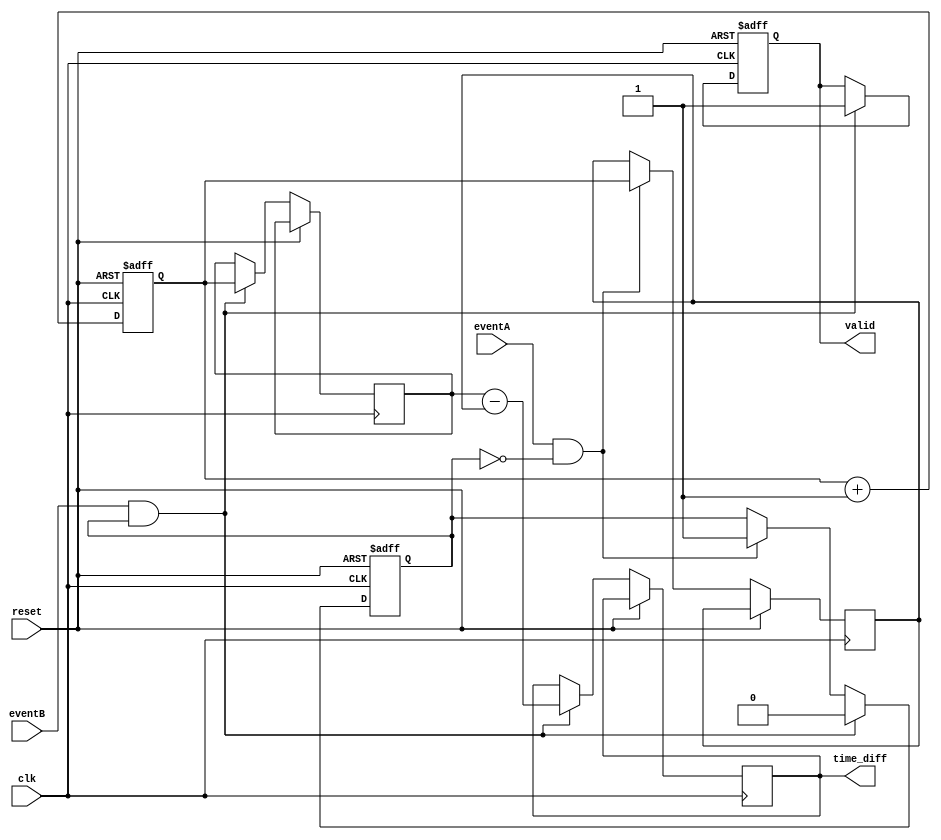
module TDC (
    input wire clk,               // High-frequency clock
    input wire reset,             // Asynchronous reset
    input wire eventA,            // Input event A
    input wire eventB,            // Input event B
    output reg [15:0] time_diff,  // Output time difference
    output reg valid              // Output valid signal
);

    // Parameters
    parameter MEMORY_SIZE = 16;   // Number of memory entries
    parameter COUNTER_WIDTH = 16;  // Width of the time counter

    // Internal signals
    reg [COUNTER_WIDTH-1:0] counter; // Time counter
    reg [COUNTER_WIDTH-1:0] captureA; // Capture for event A
    reg [COUNTER_WIDTH-1:0] captureB; // Capture for event B
    reg [COUNTER_WIDTH-1:0] memory [0:MEMORY_SIZE-1]; // Memory block
    reg [3:0] mem_addr; // Memory address pointer
    reg capturing; // State to indicate capturing mode

    // State machine for capturing events
    always @(posedge clk or posedge reset) begin
        if (reset) begin
            counter <= 0;
            mem_addr <= 0;
            valid <= 0;
            capturing <= 0;
        end else begin
            // Increment the counter on each clock cycle
            counter <= counter + 1;

            // Detect event A
            if (eventA && !capturing) begin
                captureA <= counter; // Capture time for event A
                capturing <= 1; // Set capturing state
            end

            // Detect event B
            if (eventB && capturing) begin
                captureB <= counter; // Capture time for event B
                time_diff <= captureB - captureA; // Calculate time difference
                valid <= 1; // Set valid signal
                capturing <= 0; // Reset capturing state

                // Store the time difference in memory
                if (mem_addr < MEMORY_SIZE) begin
                    memory[mem_addr] <= time_diff;
                    mem_addr <= mem_addr + 1; // Increment memory address
                end
            end
        end
    end

    // Optional: Logic for reading from memory can be added here
    // For example, a read address input and output logic

endmodule